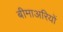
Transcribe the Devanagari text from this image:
बीमाअरियों